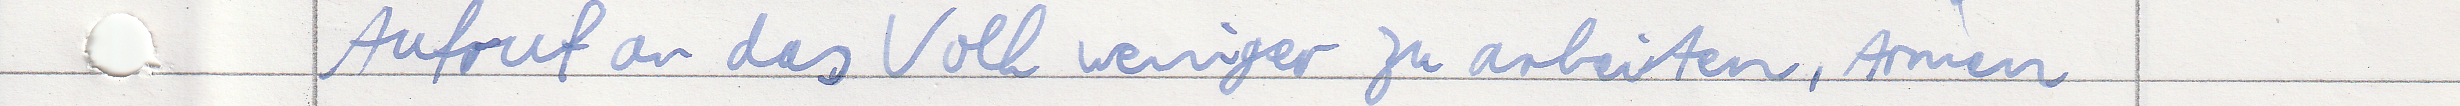
Aufruf an das Volk weniger zur arbeiten, Armen